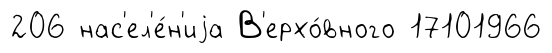
206 нас'ел'е́н'иjа В'ерхо́вного 17101966